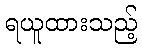
ရယူထားသည့်